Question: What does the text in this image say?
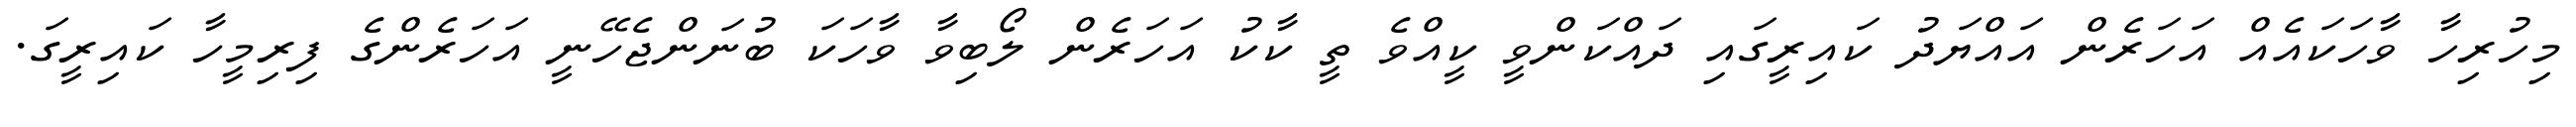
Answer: މިހުރިހާ ވާހަކައެއް އަހަރެން އައްޔަދު ކައިރީގައި ދައްކަންވީ ކީއްވެ ތީ ކާކު އަހަރެން ލޯބިވާ ވާހަކަ ބުނަންޖެހޭނީ އަހަރެންގެ ފިރިމީހާ ކައިރީގަ.